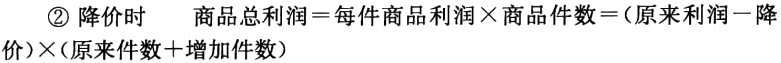
\textcircled{2} 降价时

商品总利润\(=\)每件商品利润\(\times\)商品件数\(=(\)原来利润\(-\)降价\()\times(\)原来件数\(+\)增加件数\()\)